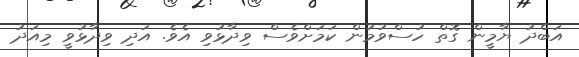
އަބްދު ޔާމީން ގޮތް ހުސްވުމުން ކަމަށްވެސް ވިދާޅުވި އެވެ. އަދި ވިދާޅުވީ މިއަދު